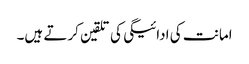
امانت کی ادائیگی کی تلقین کرتے ہیں۔